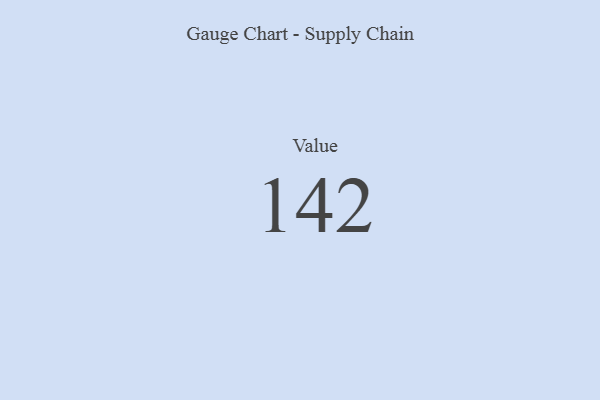
{"axis": {"x": "Metric", "y": "Value"}, "legend": [""], "data": [{"x": "Value", "y": 142, "type": ""}]}